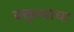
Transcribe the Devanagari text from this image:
वक्तृत्वाचा